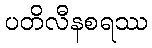
ပတိလီနစရဿ